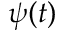
\psi ( t )